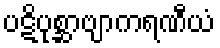
ပဋိပုစ္ဆာဗျာကရဏီယံ